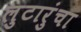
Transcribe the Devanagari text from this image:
लुटारुंचा